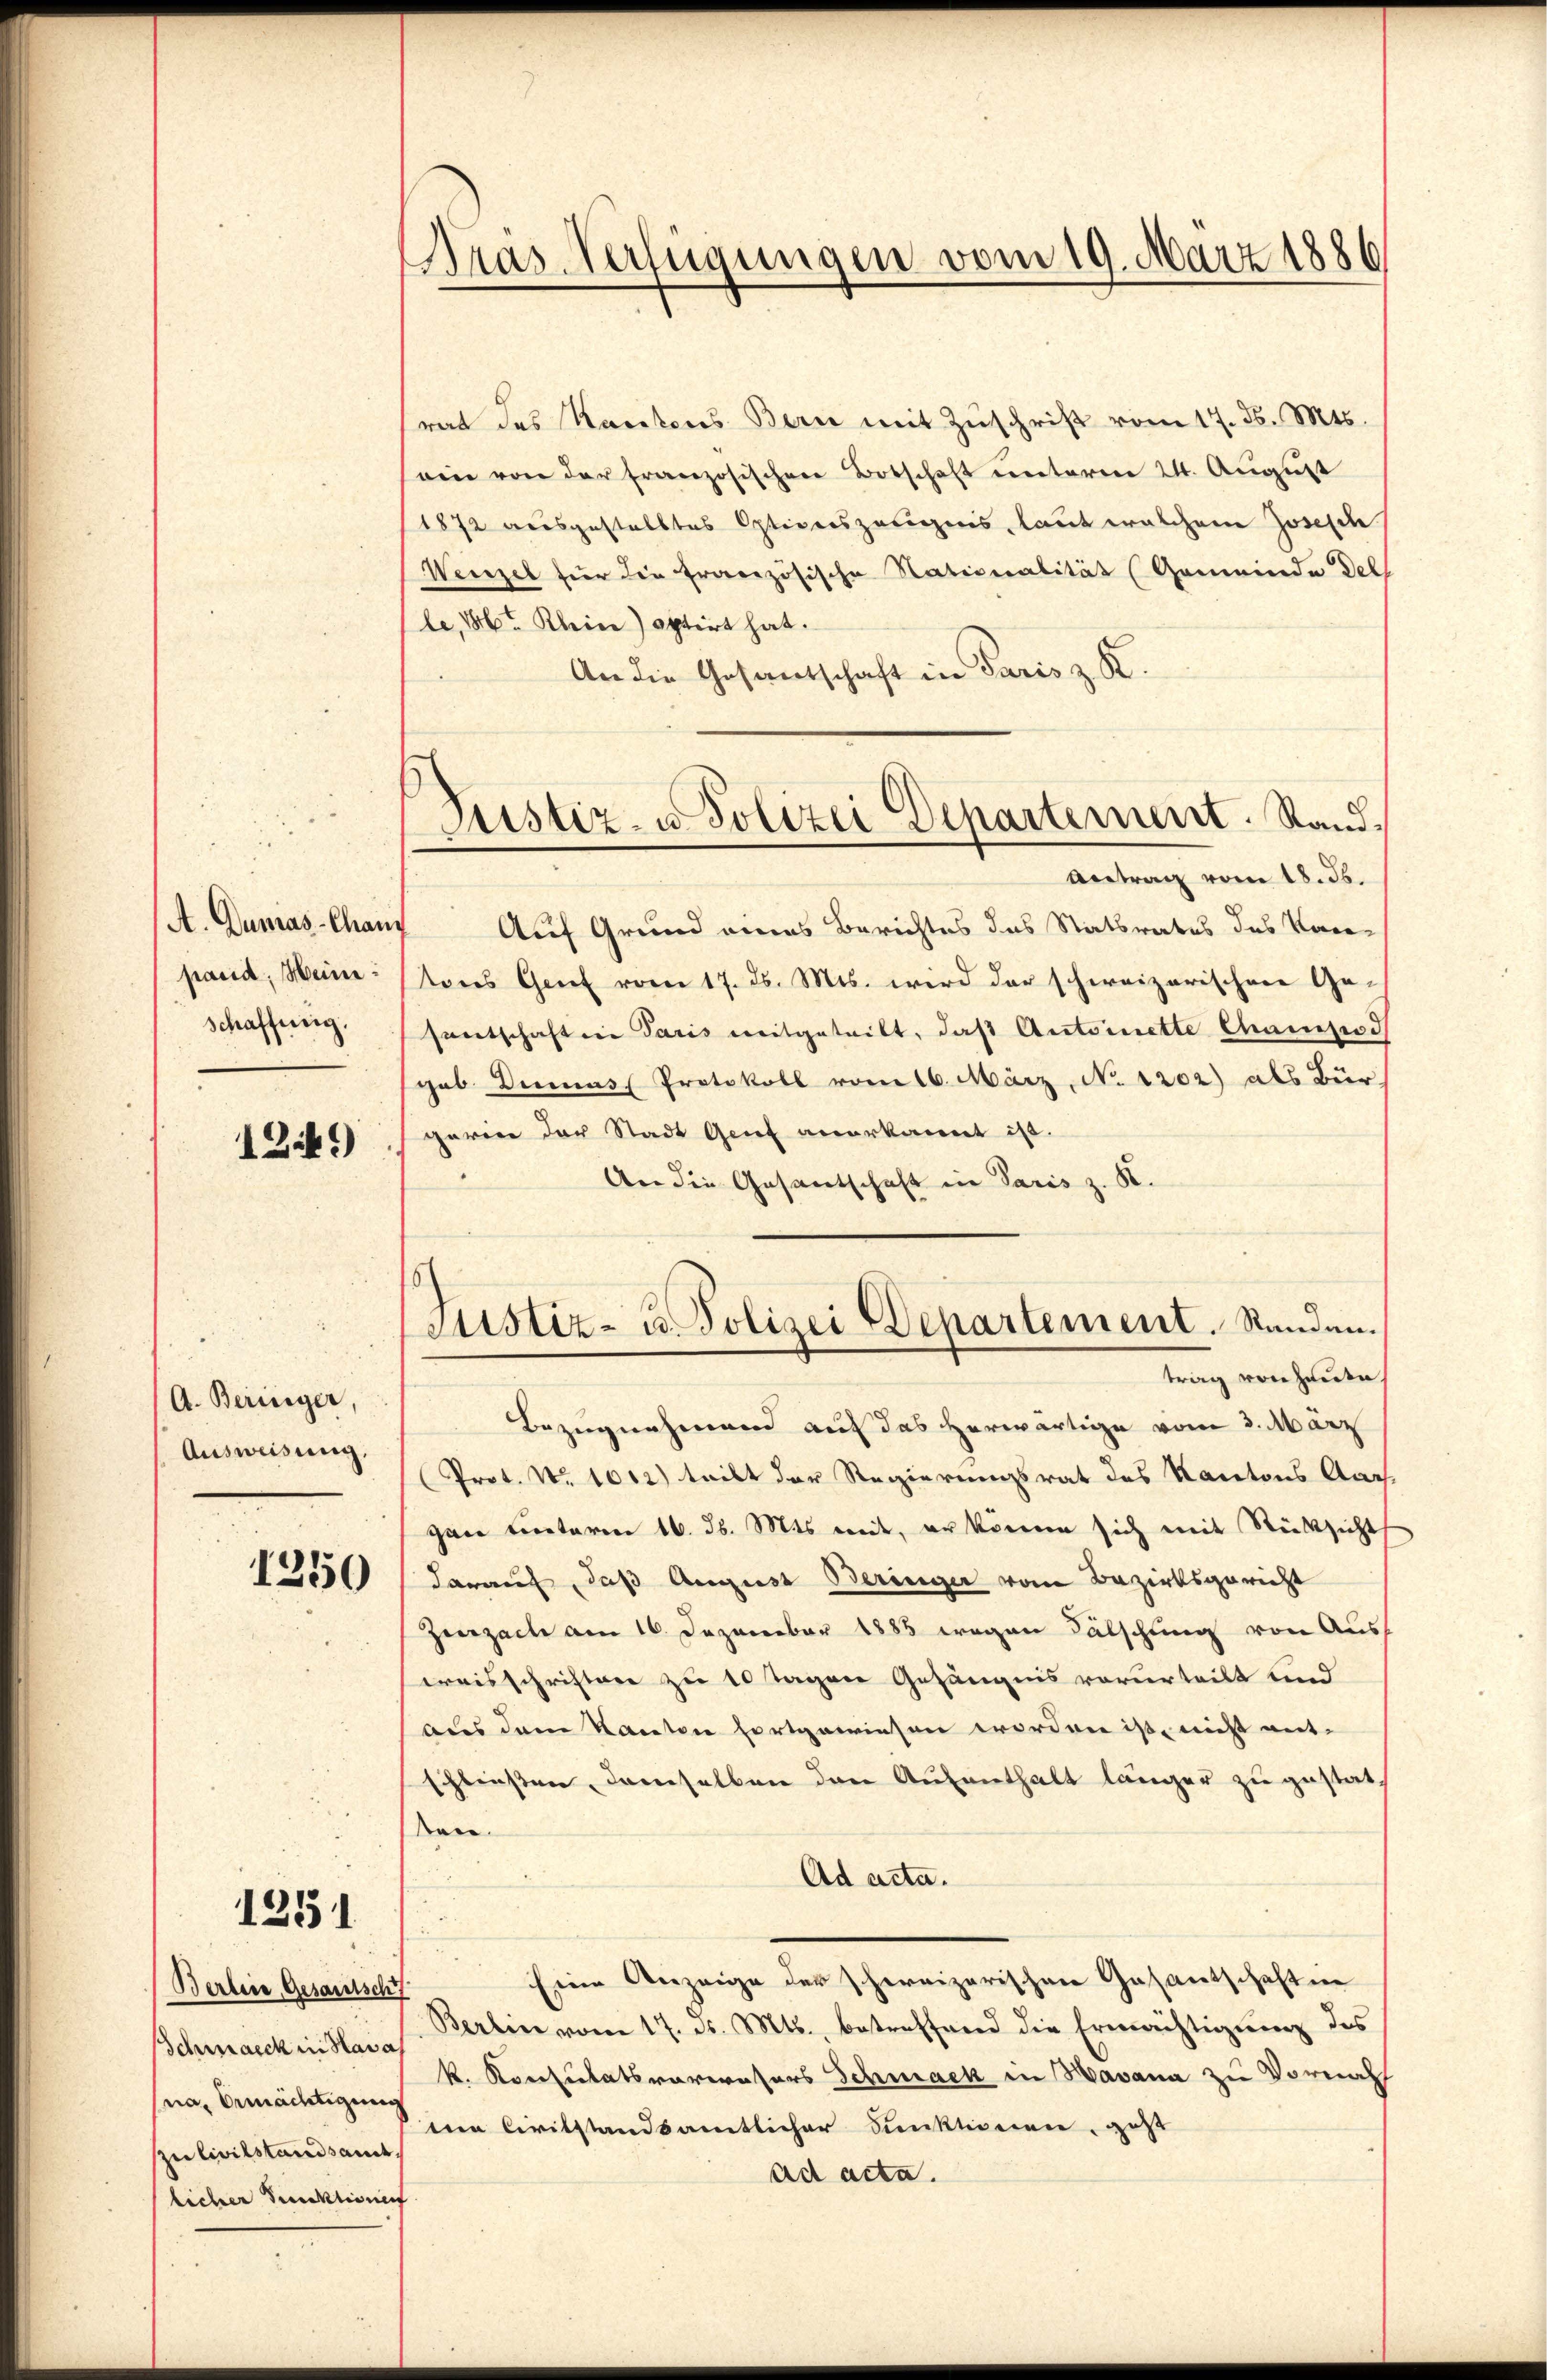
A. Dumas-Chany
schaffung.

1Zik9)

A. Beringer,
Ausweisung.

1250

1251

Berbene Gesamtsch
Schmack in Hava
na, bemächtigung
Zu Civilstandsamt
licher Direktione

srat des Kantons Bern mit Zuschrift vom 17. ds. Mts.
ein von der französischen Botschaft unterm 24. August
1872 ausgestelltes Optiverszolignis, laut welchem Josesch
Wenzel für die französische Nationalität (Gemeinde Del
le, 1886 Rhein) optirt hat.
An die Gesantschaft in Paris z. K.
Auf Grund eines Berichtes das Statsrates des Kan-
pand, Meine Kons Genf vom 17. ds. Mts. wird der schweizerischen Gesantschaften Paris mitgetritt, daß Antoinette Champod
gab. Dienas Protokoll vom 16. März, No. 1202) als Bür
gerien der Stadt Genf anerkannt ist.
An die Gesantschaft in Paris z. K.
Justiz- u. Polizei Departement. Standen.
trag von heute,
Bezugnahmend auf das herwärtige vom 3. März
Prot. No 1012) teilt der Regierungsrat des Kantons Aar-
gan unteren 16. d. Mts mit, er können sich mit Rücksicht
darauf, daß August Beringer vom Bezirksgericht
Zurzach am 16. Dezember 1885 wegen Fälschling von Auswreisschriften zu 10 Tagen Gefängnis vorurteilt und
aus dem Kanton fortgewiesen worden ist, nicht ent-
schliessen, damselben den Aufenthalt länger zu gestatt
ben.
Ad acta.
Eine Anzeige der schweizerischen Gasantschaft in
Berlin vom 17. d. Mts. betreffend die Ermächtigung des
k. Konsulatsraversors Schmack in Havana zu Vornah
mne Civilstandsamtlicher dunktionen, gest
ad acta.

Präs. Verfügungen vom 19. März 1886

Justiz- u Polizei Departement. Sand¬
Antrag vom 18. ds.